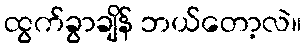
ထွက်ခွာချိန် ဘယ်တော့လဲ။